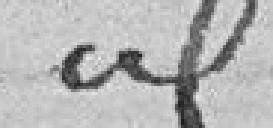
idem